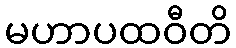
မဟာပထဝီတိ